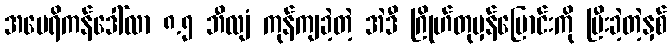
အမေရိကန်ဒေါ်လာ ၈.၅ ဘီလျံ ကုန်ကျခဲ့တဲ့ အဲဒီ ဂြိုဟ်တုမှန်ပြောင်းကို ပြီးခဲ့တဲ့နှစ်